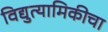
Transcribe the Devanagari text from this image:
विद्युत्यामिकीचा